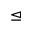
\trianglelefteq